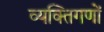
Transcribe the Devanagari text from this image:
व्यक्तिगणों